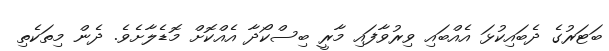
ބަޓަރުގެ ދެބައިކުޅަ އެއްބައި ވިރުވާފައި މާރީ ބިސްކޯދާ އެއްކޮށް މޮޑެލާށެވެ. ދެން މިތަކެތި